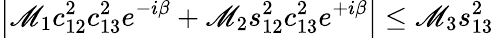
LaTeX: \left\vert\mathscr{M}_{1}c_{12}^{2}c_{13}^{2}e^{-i\beta}+\mathscr{M}_{2}s_{12}^{2}c_{13}^{2}e^{+i\beta}\right\vert\leq\mathscr{M}_{3}s_{13}^{2}